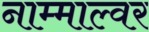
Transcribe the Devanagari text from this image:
नाम्माल्वर